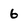
Character: 6